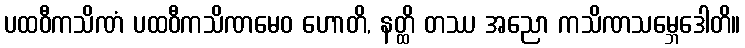
ပထဝီကသိဏံ ပထဝီကသိဏမေဝ ဟောတိ, နတ္ထိ တဿ အညော ကသိဏသမ္ဘေဒေါတိ။